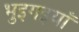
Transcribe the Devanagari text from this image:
भुइगइयाँ